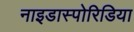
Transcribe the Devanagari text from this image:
नाइडास्पोरिडिया